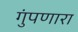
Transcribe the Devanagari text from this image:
गुंपणारा